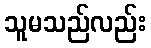
သူမသည်လည်း